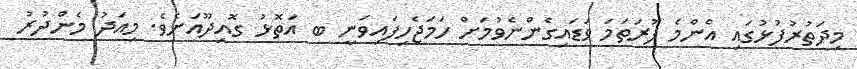
މިދަތުރުފުޅުގައި އެންމެ ފުރަތަމަ ވަޑައިގެންނެވުމަށް ހަމަޖެހިފައިވަނީ ބ އަތޮޅު ގޮއިދޫއަށެވެ. މިއަދު މެންދުރު